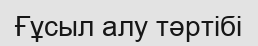
Ғұсыл алу тәртібі